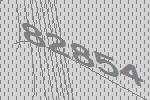
82854